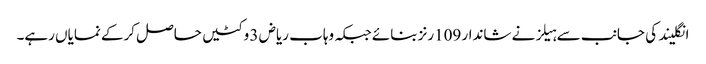
انگلیند کی جانب سے ہیلز نے شاندار 109رنز بنائے جبکہ وہاب ریاض 3 وکٹیں حاصل کرکے نمایاں رہے۔